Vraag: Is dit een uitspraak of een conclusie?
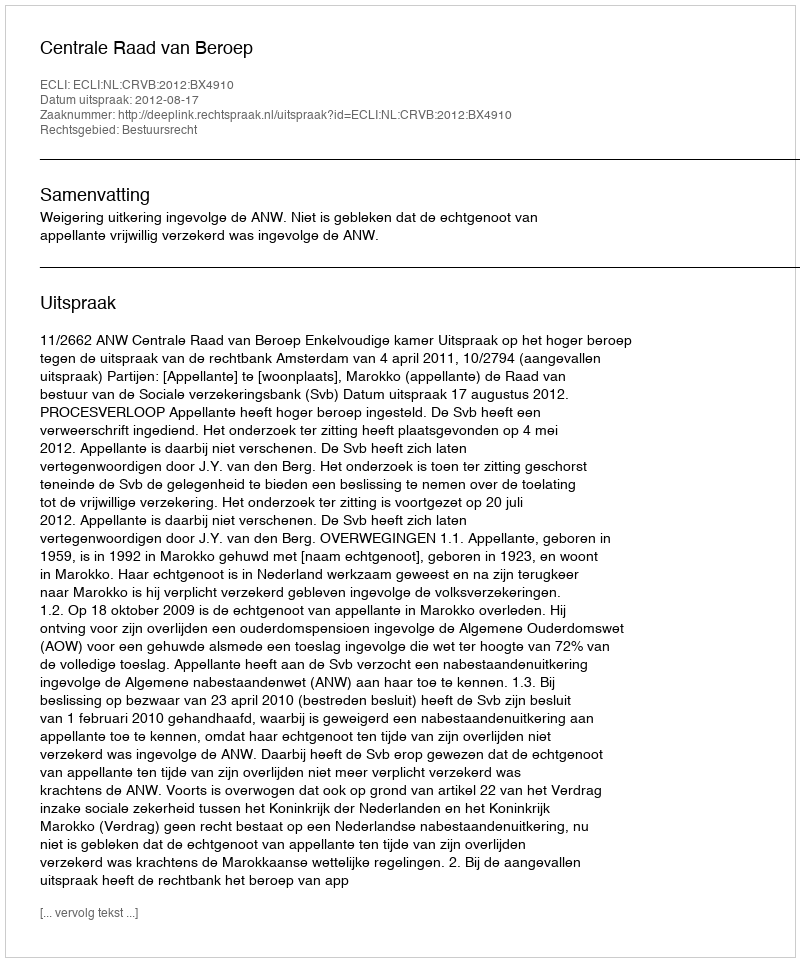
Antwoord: Uitspraak